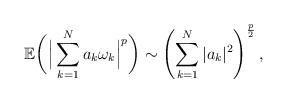
LaTeX: \begin{align*}\mathbb{E}\bigg(\Big|\sum_{k=1}^Na_k\omega_k\Big|^p\bigg)\sim \left(\sum_{k=1}^N|a_k|^2\right)^{\frac{p}{2}},\end{align*}